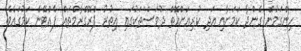
ހިންގަމުން ގެންދާ ކަމަށާއި އަދި ކުރިއަށްއޮތް ދުވަސްތަކުގައި އިތުރު ޕްރޮގްރާމްތައް ފެއްޓޭނެ ކަމުގައެވެ.